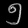
Digit: ၅